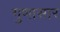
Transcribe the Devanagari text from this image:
गुणासार